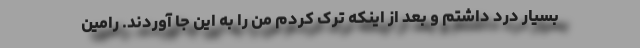
بسیار درد داشتم و بعد از اینکه ترک کردم من را به این جا آوردند. رامین